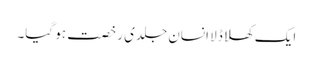
ایک کھلا ڈلا انسان جلدی رخصت ہو گیا۔